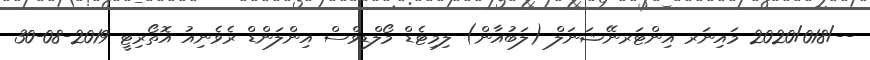
--/2020/018 މައިނަރ އިންޓަރނޭޝަނަލް (ލަބުއާން) ލިމިޓެޑް މޯލްޑިވްސް އިންލަންޑް ރެވެނިއު އޮތޯރިޓީ 2019-08-30